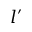
l ^ { \prime }